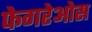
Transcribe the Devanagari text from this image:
फेगरेओस